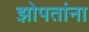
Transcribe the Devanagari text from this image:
झोपतांना